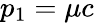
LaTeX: p_{1}=\mu c